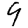
Digit: 9